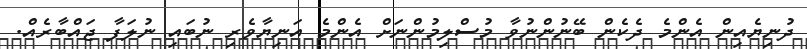
ދުނިޔެއިން އެންމެ ދެކެން ބޭނުންނުވާ މުސްލިމުންނަށް އެންމެ އަނިޔާވެރި ނުބައި ނުލަފާ ޖައްބާރެއް.